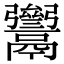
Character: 𩱥